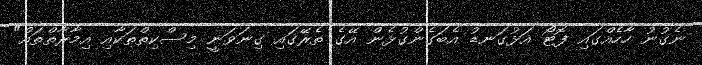
ނެގުނު ހާހެއްގައި ފޮޓޯ އަޅުގަނޑު އެބަގެންގުޅެން އޭގެ ތެރޭގައި ގިނަވަނީ މިސްކިތްތަކާއި އިމާރާތްތައް"